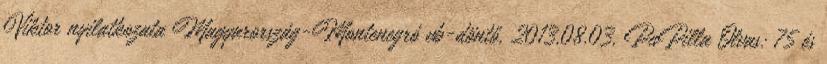
Viktor nyilatkozata Magyarország-Montenegró vb-döntő, 2013.08.03. PuPilla Olvas: 75 és